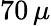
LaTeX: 70\, \mu